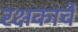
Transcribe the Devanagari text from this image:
रक्षकाचे